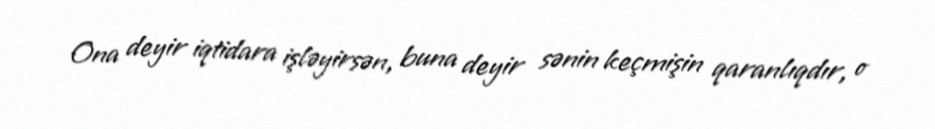
Ona deyir iqtidara işləyirsən, buna deyir sənin keçmişin qaranlıqdır, o